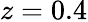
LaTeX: z=0.4